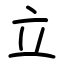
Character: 立